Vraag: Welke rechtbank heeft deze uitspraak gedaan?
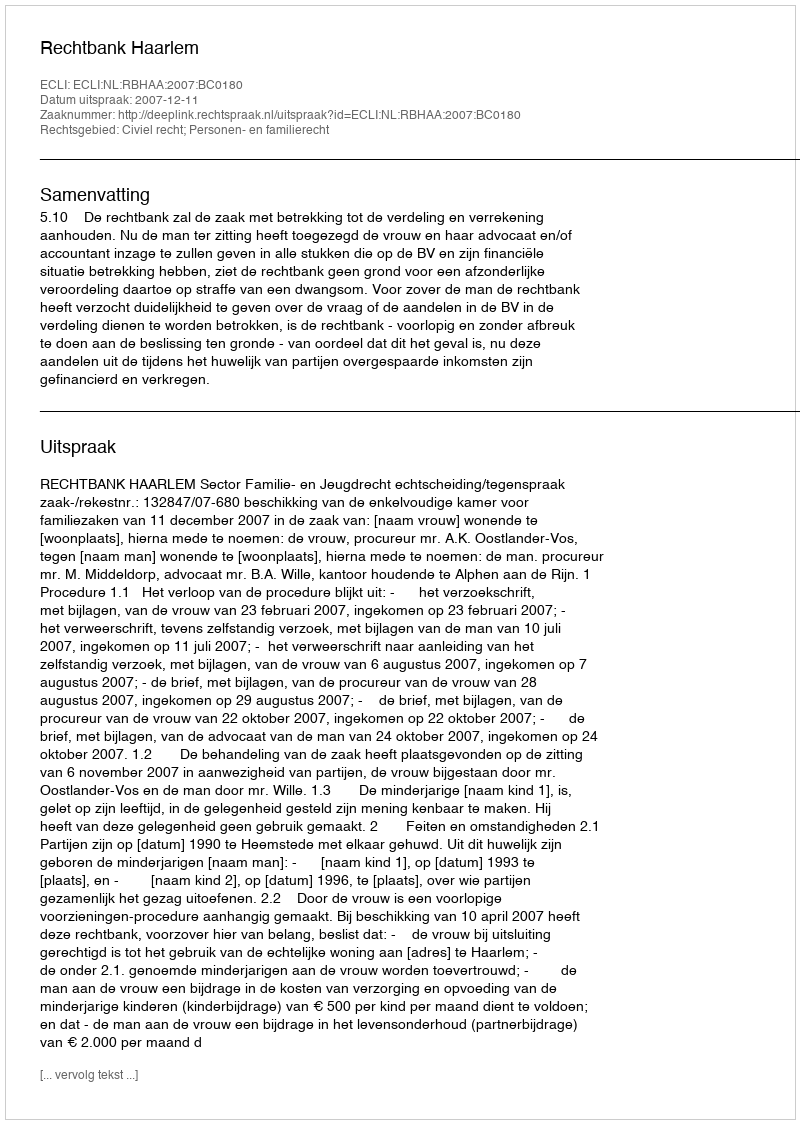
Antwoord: Rechtbank Haarlem